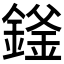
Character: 𬫻